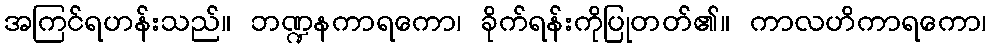
အကြင်ရဟန်းသည်။ ဘဏ္ဍနကာရကော၊ ခိုက်ရန်းကိုပြုတတ်၏။ ကာလဟိကာရကော၊